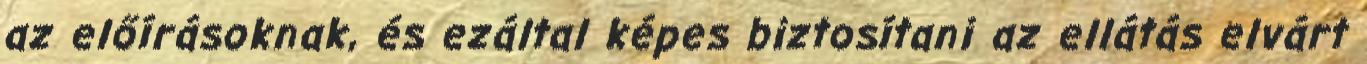
az előírásoknak, és ezáltal képes biztosítani az ellátás elvárt